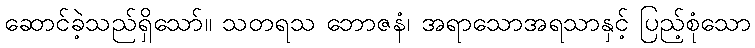
ဆောင်ခဲ့သည်ရှိသော်။ သတရသ ဘောဇနံ၊ အရာသောအရသာနှင့် ပြည့်စုံသော